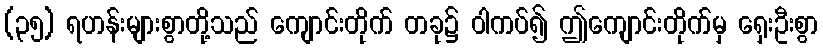
(၃၅) ရဟန်းများစွာတို့သည် ကျောင်းတိုက် တခု၌ ဝါကပ်၍ ဤကျောင်းတိုက်မှ ရှေးဦးစွာ